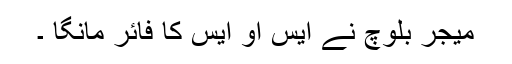
میجر بلوچ نے ایس او ایس کا فائر مانگا ۔